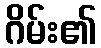
ဂိမ်း၏